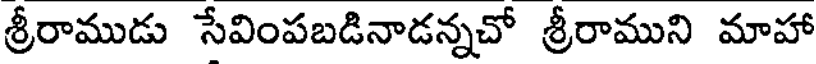
శ్రీరాముడు సేవింపబడినాడన్నచో శ్రీరాముని మాహా